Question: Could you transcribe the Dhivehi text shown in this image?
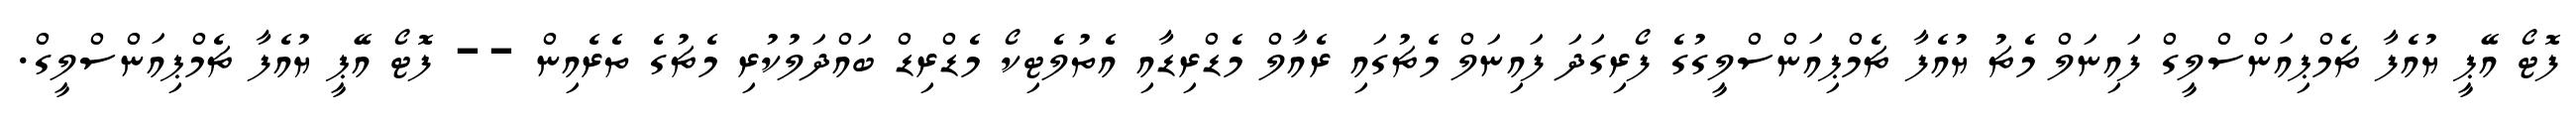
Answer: ފޮޓޯ އޭޕީ ޔުއެފާ ޗެމްޕިއަންސްލީގް ފައިނަލް މެޗު ޔުއެފާ ޗެމްޕިއަންސްލީގުގެ ފޯރިގަދަ ފައިނަލް މެޗުގައި ރެއާލް މެޑްރިޑާއި އެތުލެޓިކޯ މެޑްރިޑް ބައްދަލުކުރި މެޗުގެ ތެރެއިން -- ފޮޓޯ އޭޕީ ޔުއެފާ ޗެމްޕިއަންސްލީގް.